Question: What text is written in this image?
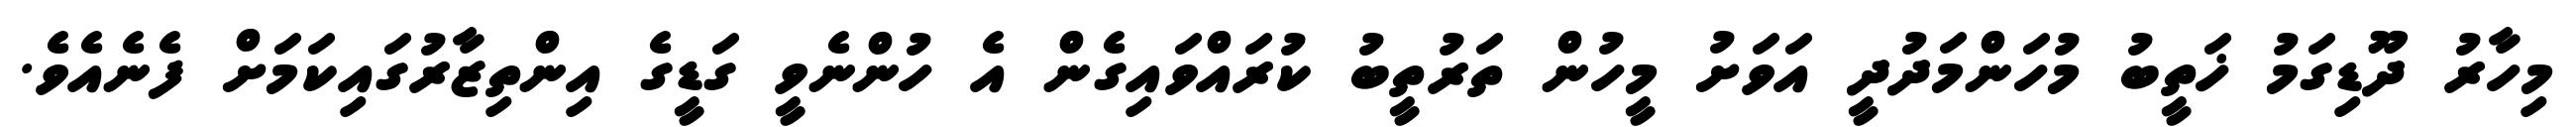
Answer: މިހާރު ދޫޑިގަމު ޚަތީބު މުހަންމަދުދީ އަވަށު މީހުން ތަރުތީބު ކުރައްވައިގެން އެ ހުންނެވީ ގަޑީގެ އިންތިޒާރުގައިކަމަށް ފެނެއެވެ.